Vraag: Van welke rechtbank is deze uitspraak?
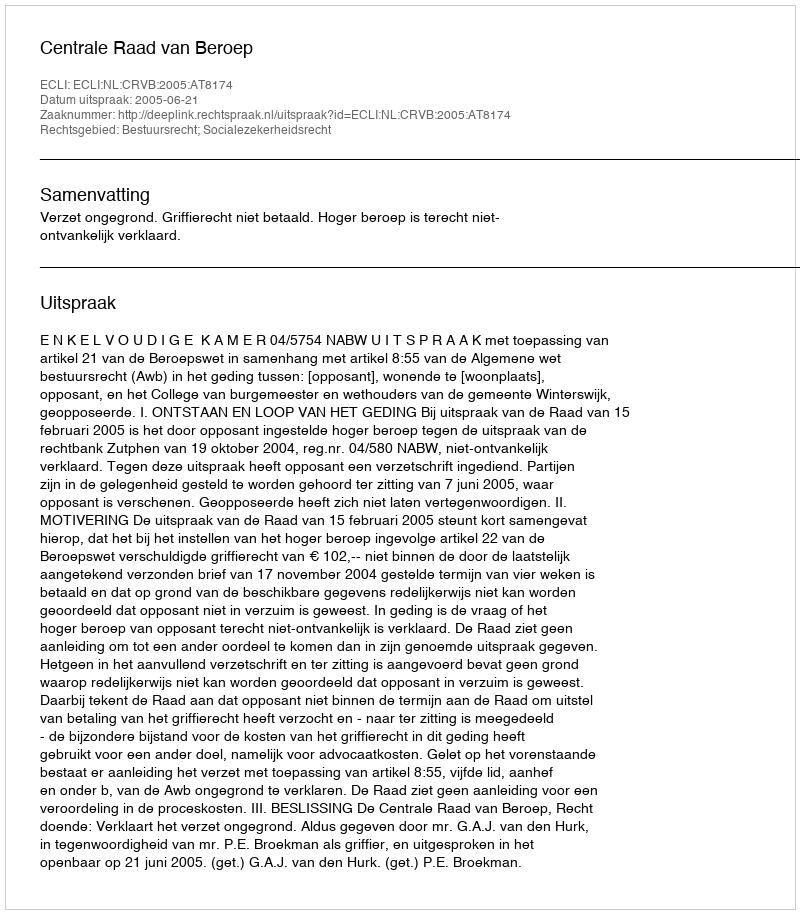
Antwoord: Centrale Raad van Beroep